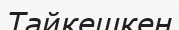
Тайкешкен